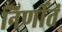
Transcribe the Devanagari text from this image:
निर्णीतं